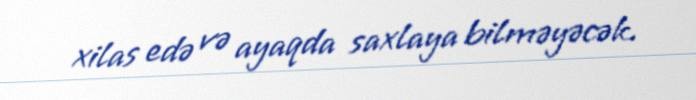
xilas edə və ayaqda saxlaya bilməyəcək.